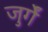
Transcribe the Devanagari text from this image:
जुर्गें